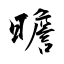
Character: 曕